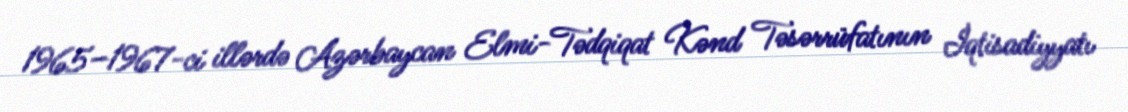
1965–1967-ci illərdə Azərbaycan Elmi-Tədqiqat Kənd Təsərrüfatının İqtisadiyyatı